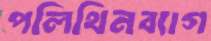
পলিথিনব্যাগ